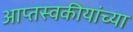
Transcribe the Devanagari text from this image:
आप्तस्वकीयांच्या